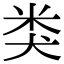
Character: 类